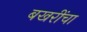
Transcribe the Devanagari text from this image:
बखरींचा